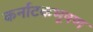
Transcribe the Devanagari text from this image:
कर्नाटकभूषण